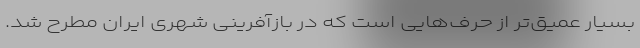
بسیار عمیق‌تر از حرف‌هایی‌ است که در بازآفرینی شهری ایران مطرح شد.